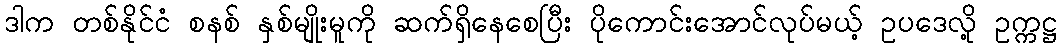
ဒါက တစ်နိုင်ငံ စနစ် နှစ်မျိုးမူကို ဆက်ရှိနေစေပြီး ပိုကောင်းအောင်လုပ်မယ့် ဥပဒေလို့ ဥက္ကဋ္ဌ